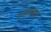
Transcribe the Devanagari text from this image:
जलवद्युत्‌